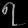
Digit: ၇